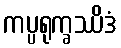
ကပ္ပရုက္ခဿိဒံ